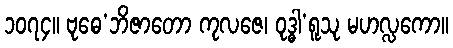
၁၀၇၄။ ဗုဓေ’ဘိဇာတော ကုလဇေ၊ ဝုဒ္ဓါ’ရူသု မဟလ္လကော။